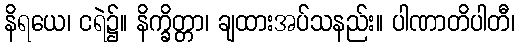
နိရယေ၊ ငရဲ၌။ နိက္ခိတ္တာ၊ ချထားအပ်သနည်း။ ပါဏာတိပါတီ၊